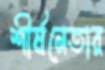
শীর্ষনেতার